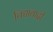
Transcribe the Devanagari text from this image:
विद्यावादी